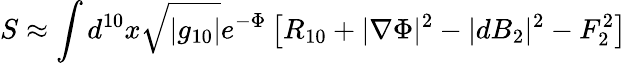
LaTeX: S\approx\int d^{10}x\sqrt{|g_{10}|}e^{-\Phi}\left[R_{10}+|\nabla\Phi|^{2}-|dB_{2}|^{2}-F_{2}^{2}\right]